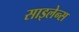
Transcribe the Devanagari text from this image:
साइलेन्स